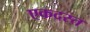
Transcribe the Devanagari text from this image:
एकदस्त